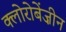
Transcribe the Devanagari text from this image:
क्लोरोबेंज़ीन